Annual returns of the Patna Lunatic Asylum at Bankipore in Bihar and Orissa - 1912-1924
Year: 1912
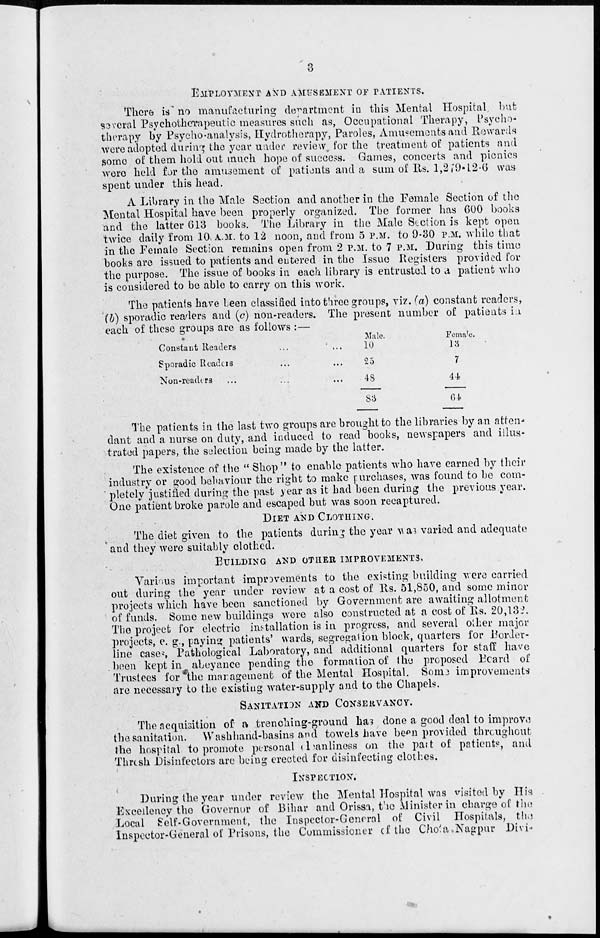
3
EMPLOYMENT AND AMUSEMENT OF PATIENTS.
There is no manufacturing department in this Mental Hospital, but
several Psychotherapeutic measures such as, Occupational Therapy, Psycho-
therapy by Psycho-analysis, Hydrotherapy, Paroles, Amusements and Rewards
were adopted during the year under review, for the treatment of patients and
some of them hold out much hope of success. Games, concerts and picnics
were held for the amusement of patients and a sum of Rs. 1,279-12-6 was
spent under this head.
A Library in the Male Section and another in the Female Section of the
Mental Hospital have been properly organized. The former has 600 books
and the latter 613 books. The Library in the Male Section is kept open
twice daily from 10 A.M. to 12 noon, and from 5 P.M. to 9-30 P.M. while that
in the Female Section remains open from 2 P.M. to 7 P.M. During this time
books are issued to patients and entered in the Issue Registers provided for
the purpose. The issue of books in each library is entrusted to a patient who
is considered to be able to carry on this work.
The patients have been classified into three groups, viz. (a) constant readers,
(b) sporadic readers and (c) non-readers. The present number of patients in
each of these groups are as follows :—
Sporadic Readers ... ...
Non-readers ... ... ...
25
48
83
7
44
64
The patients in the last two groups are brought to the libraries by an atten-
dant and a nurse on duty, and induced to read books, newspapers and illus-
trated papers, the selection being made by the latter.
The existence of the " Shop" to enable patients who have earned by their
industry or good behaviour the right to make purchases, was found to be com-
pletely justified during the past year as it had been during the previous year.
One patient broke parole and escaped but was soon recaptured.
DIET AND CLOTHING.
The diet given to the patients during the year was varied and adequate
and they were suitably clothed.
BUILDING AND OTHER IMPROVEMENTS.
Various important improvements to the existing building were carried
out during the year under review at a cost of Rs. 51,850, and some minor
projects which have been sanctioned by Government are awaiting allotment
of funds. Some new buildings were also constructed at a cost of Rs. 20,132
The project for electric installation is in progress, and several other major
projects, e. g., paying patients' wards, segregation block, quarters for Border-
line cases Pathological Laboratory, and additional quarters for staff have
been kept in abeyance pending the formation of the proposed Beard of
Trustees for the management of the Mental Hospital. Some improvements
are necessary to the existing water-supply and to the Chapels.
SANITATION AND CONSERVANCY.
The acquisition of a trenching-ground has done a good deal to improve
the sanitation. Washhand-basins and towels have been provided throughout
the hospital to promote personal loanliness on the part of patients, and
Thresh Disinfectors are being erected for disinfecting clothes.
INSPECTION.
During the year under review the Mental Hospital was visited by His
Excellency the Governor of Bihar and Orissa, the Minister in charge of the
Local Self-Government, the Inspector-General of Civil Hospitals, the
Inspector-General of Prisons, the Commissioner of the Chota. Nagpur Divi-